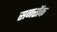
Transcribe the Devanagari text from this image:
सनरॉक